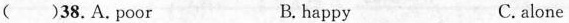
( )38.A.poor B.happy C. alone